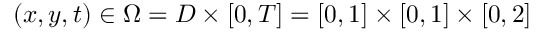
( x , y , t ) \in \Omega = D \times [ 0 , T ] = [ 0 , 1 ] \times [ 0 , 1 ] \times [ 0 , 2 ]